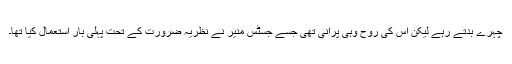
چہرے بدتے رہے لیکن اس کی روح وہی پرانی تھی جسے جسٹس منیر نے نظریہ ضرورت کے تحت پہلی بار استعمال کیا تھا۔